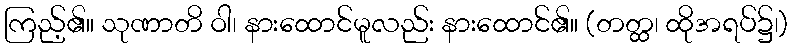
ကြည့်၏။ သုဏာတိ ဝါ၊ နားထောင်မူလည်း နားထောင်၏။ (တတ္ထ၊ ထိုအရပ်၌၊)